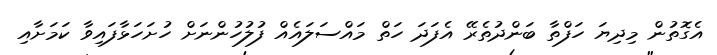
އެގޮތުން މިދިޔަ ހަފްތާ ބަންދުތެރޭ އެފަދަ ހަތް މައްސަލައެއް ފުލުހުންނަށް ހުށަހަޅާފައިވާ ކަމަށާއި